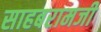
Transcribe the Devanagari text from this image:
साहबरामजी